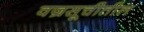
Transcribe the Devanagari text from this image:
वज्रसूचीतील